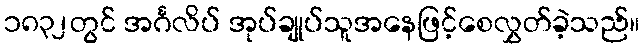
၁၈၃၂တွင် အင်္ဂလိပ် အုပ်ချုပ်သူအနေဖြင့်စေလွှတ်ခဲ့သည်။